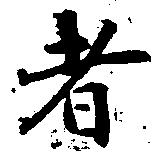
者